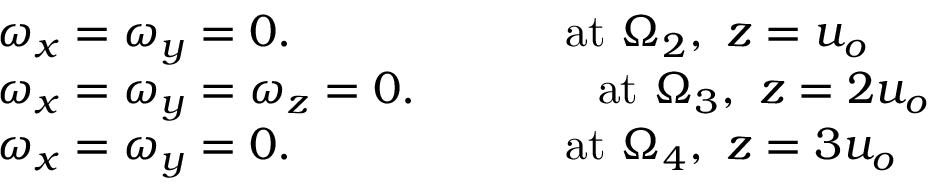
\begin{array} { r l } & { \omega _ { x } = \omega _ { y } = 0 . \qquad \qquad \qquad \mathrm { a t } ~ \Omega _ { 2 } , \mathrm { ~ } z = u _ { o } } \\ & { \omega _ { x } = \omega _ { y } = \omega _ { z } = 0 . \qquad \qquad \mathrm { a t } ~ \Omega _ { 3 } , \mathrm { ~ } z = 2 u _ { o } } \\ & { \omega _ { x } = \omega _ { y } = 0 . \qquad \qquad \qquad \mathrm { a t } ~ \Omega _ { 4 } , \mathrm { ~ } z = 3 u _ { o } } \end{array}